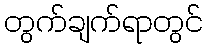
တွက်ချက်ရာတွင်